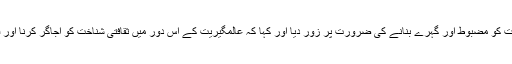
انہوں نے ثقافتی تعلقات کو مضبوط اور گہرے بنانے کی ضرورت پر زور دیا اور کہا کہ عالمگیریت کے اس دور میں ثقافتی شناخت کو اجاگر کرنا اور فروغ دینا بڑا اہم ہے۔